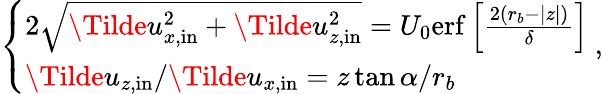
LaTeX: \left\{ \begin{array}{ll}{2\sqrt{\Tilde{u}_{x,\mathrm{in}}^{2}+\Tilde{u}_{z,\mathrm{in}}^{2}}=U_{0}\mathrm{erf}\left[\frac{2(r_{b}-|z|)}{\delta}\right]}\\ {\Tilde{u}_{z,\mathrm{in}}/\Tilde{u}_{x,\mathrm{in}}=z\tan{\alpha}/r_{b}}\end{array}\right.\ ,